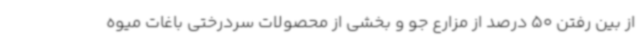
از بین رفتن 50 درصد از مزارع جو و بخشی از محصولات سردرختی باغات میوه